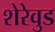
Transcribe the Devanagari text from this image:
शेरेवुड